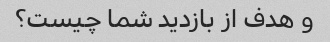
و هدف از بازدید شما چیست؟